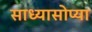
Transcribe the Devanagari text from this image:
साध्यासोप्या